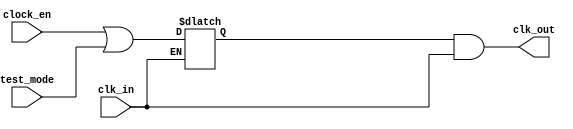
module e203_clkgate (
  input   clk_in,
  input   test_mode,
  input   clock_en,
  output  clk_out
);

`ifdef FPGA_SOURCE//{
    // In the FPGA, the clock gating is just pass through
    assign clk_out = clk_in;
`endif//}

`ifndef FPGA_SOURCE//{

reg enb;

always@(*)
  if (!clk_in)
    enb = (clock_en | test_mode);

assign clk_out = enb & clk_in;

`endif//}

endmodule